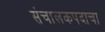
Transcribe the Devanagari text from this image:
संचालकपदाचा